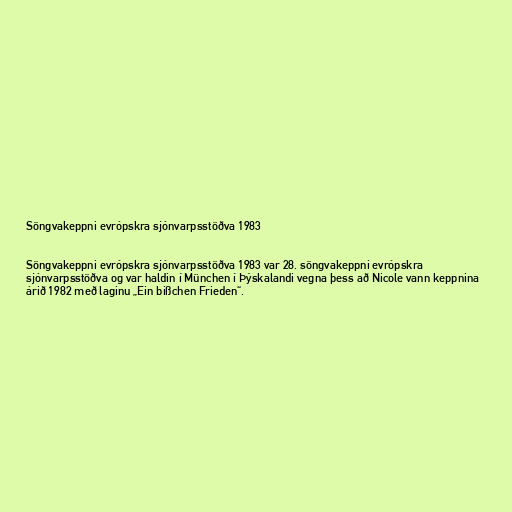
Söngvakeppni evrópskra sjónvarpsstöðva 1983

Söngvakeppni evrópskra sjónvarpsstöðva 1983 var 28. söngvakeppni evrópskra
sjónvarpsstöðva og var haldin í München í Þýskalandi vegna þess að Nicole vann keppnina
árið 1982 með laginu „Ein bißchen Frieden“.